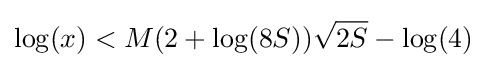
\log(x)<M(2+\log(8S)){\sqrt {2S}}-\log(4)